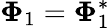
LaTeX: \mathbf{\Phi}_{1}=\mathbf{\Phi}_{1}^{*}